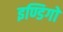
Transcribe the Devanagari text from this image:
इण्डिगो